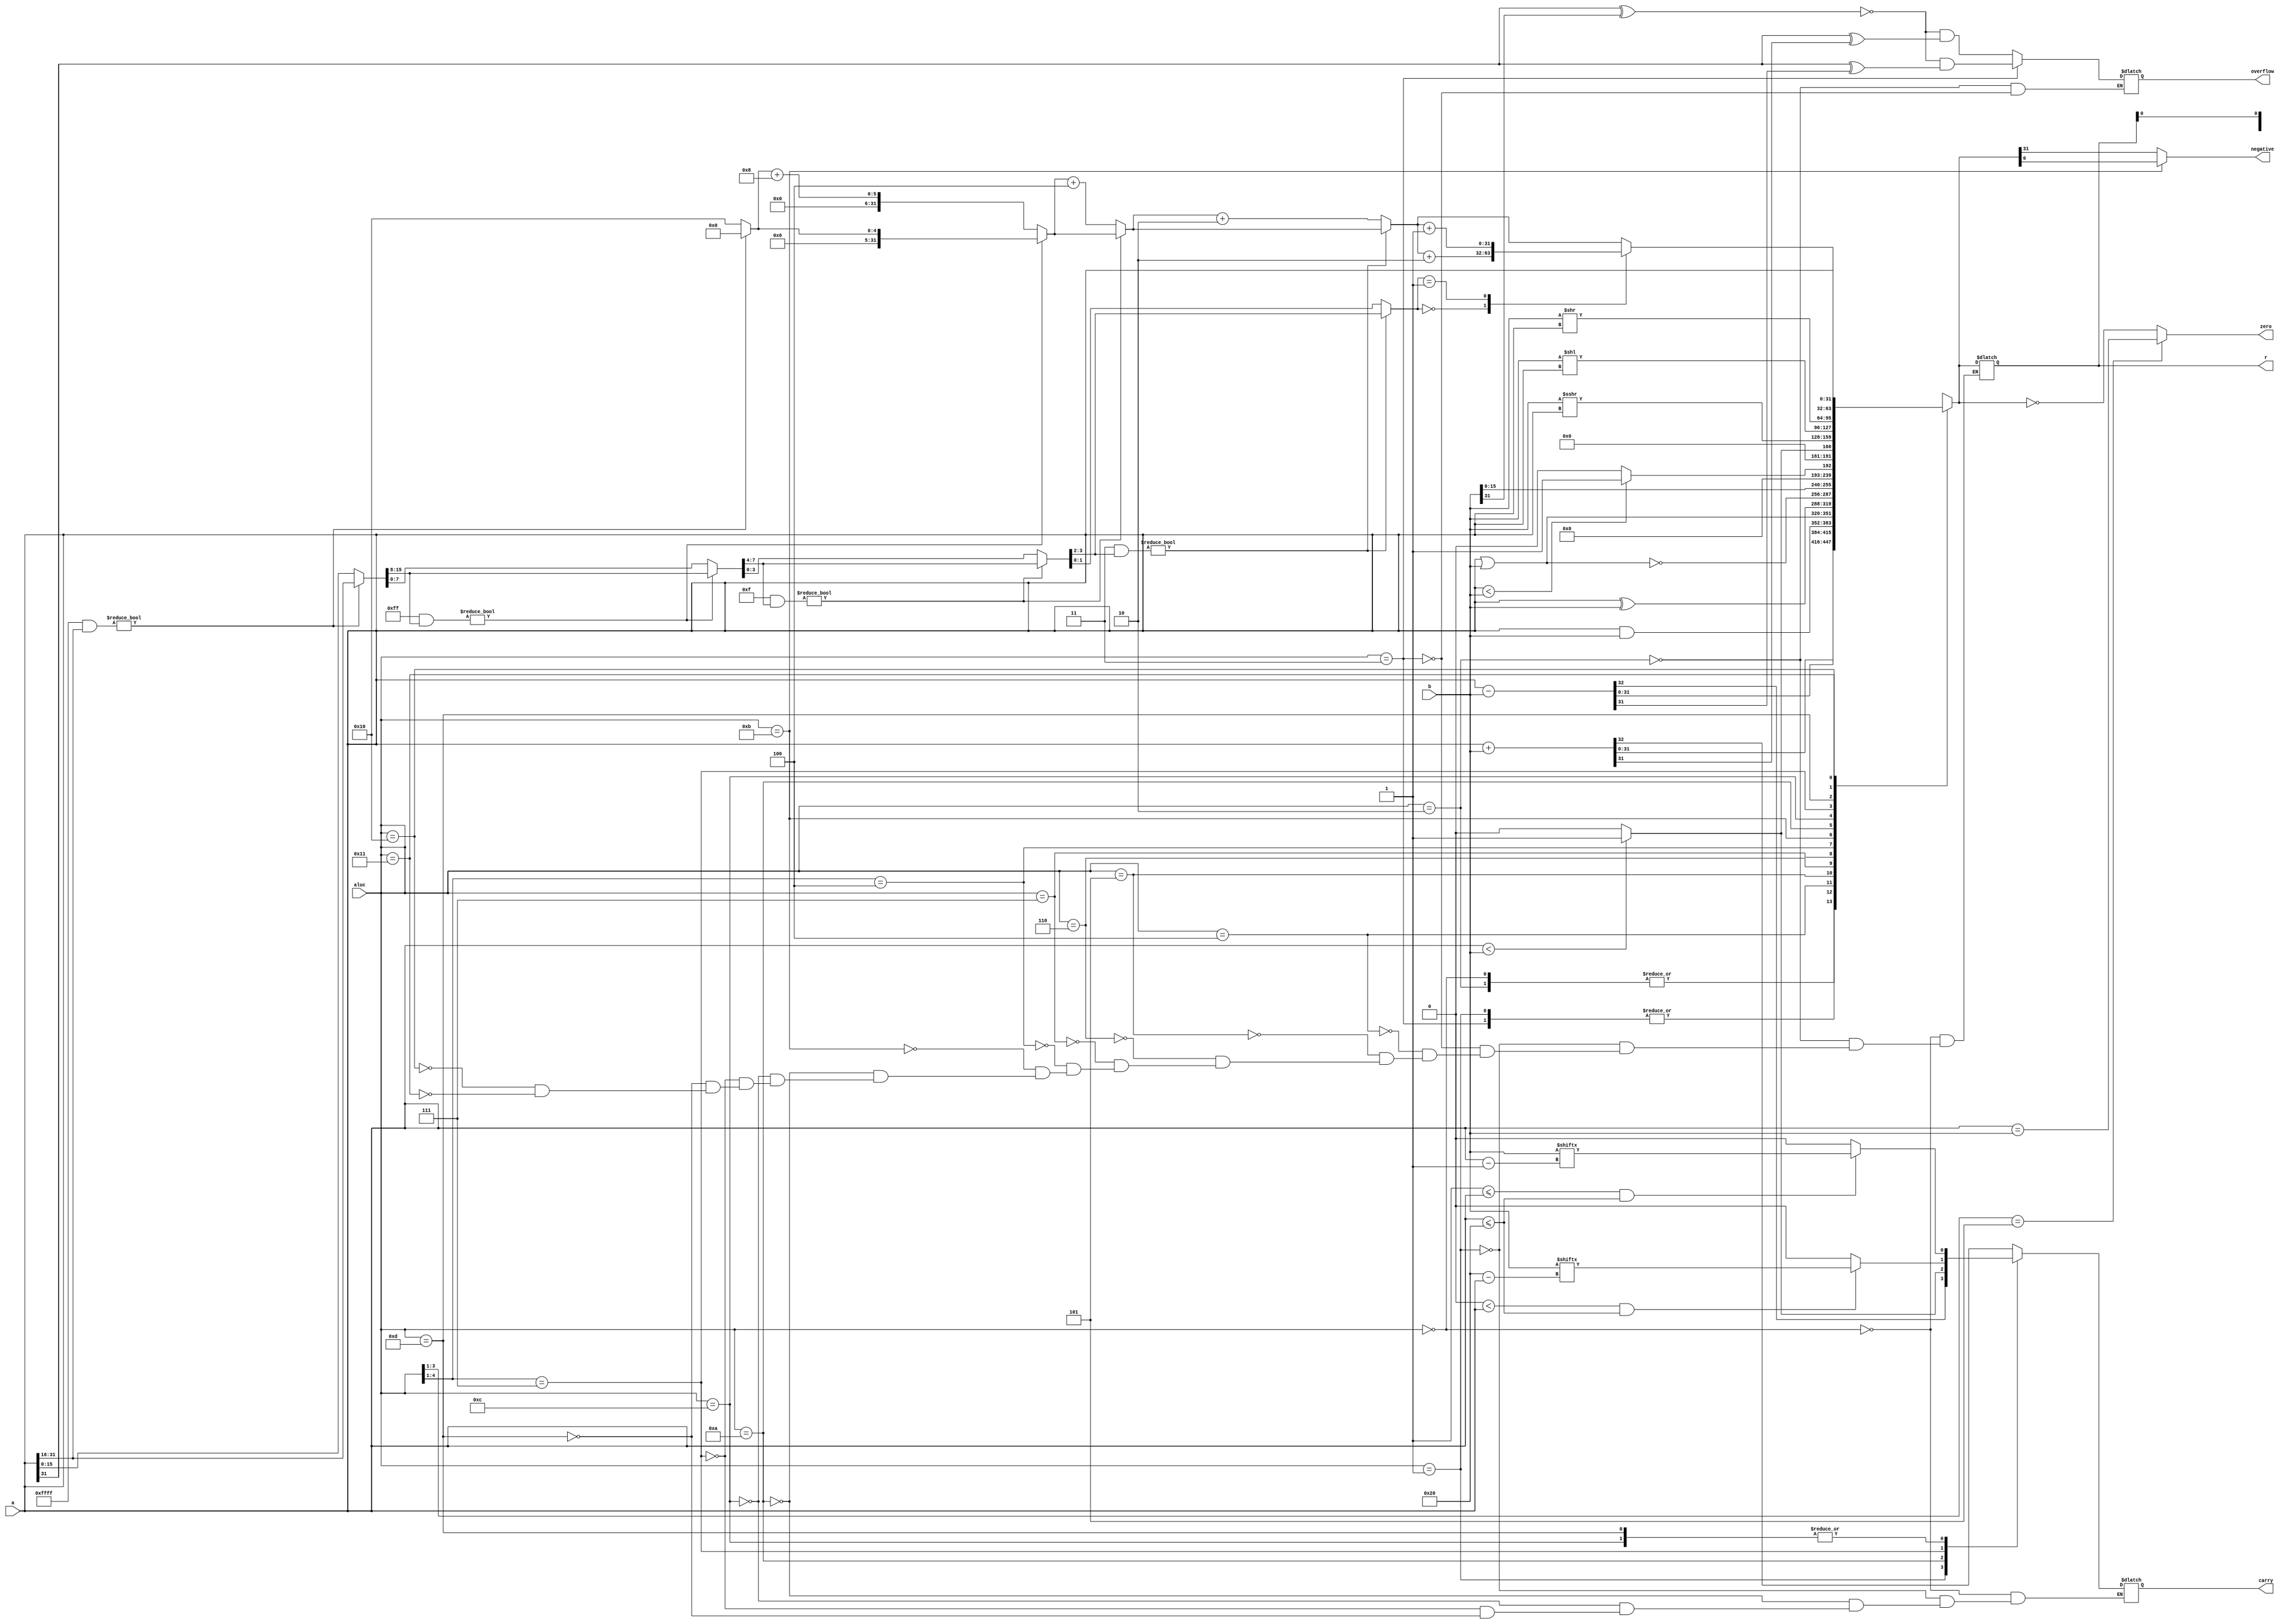
`timescale 1ns / 1ps
module alu(
input [31:0] a, //32  1
input [31:0] b, //32  2
input [4:0] aluc, //4  alu 
output [31:0] r, //32  a b  aluc 
output zero, //0 
output carry, // 
output negative, // 
output overflow // 
);
    
    reg [32:0] reg_r;
	reg [31:0] clz_tmp;
    reg reg_zero;
    reg reg_carry;
    reg reg_negative;
    reg reg_overflow;
    
    
    assign r = reg_r[31:0];
    assign zero = reg_zero;
    assign carry = reg_carry;
    assign negative = reg_negative;
    assign overflow =  reg_overflow;
    
    always @ (*)
    begin
        casez(aluc)
            5'b00000:
            begin
                reg_r = a + b;
                reg_carry = reg_r[32];
            end
            
            5'b00010:
            begin
                reg_r = a + b;
                reg_overflow = (!(a[31] ^ b[31]) & (a[31] ^ reg_r[31]));
            end
            
            5'b00001:
            begin
                reg_r = a - b;
                reg_carry = reg_r[32];
            end
            
            5'b00011:
            begin
                reg_r = a - b;
                reg_overflow = (!(a[31] ^ b[31]) & (a[31] ^ reg_r[31]));
            end
            
            5'b00100:
            begin
                reg_r = a & b;
            end
            
            5'b00101:
            begin
                reg_r = a | b;
            end
            
            5'b00110:
            begin
                reg_r = a ^ b;
            end
            
            5'b00111:
            begin
                reg_r = ~(a | b);
            end
            
            5'b0100?:
            begin
                reg_r = {b[15:0], 16'b0};
            end
		   
		    5'b01011:
            begin
 				reg_r = ($signed(a) < $signed(b)) ? 33'b1 : 33'b0;
            end
		   
		    5'b01010:
            begin
				reg_r = (a < b) ? 33'b1 : 33'b0;
				reg_carry = reg_r[0];
            end
		   
		    5'b01100:
            begin
		 	 	reg_r = $signed(b) >>> a;
				if(1 <= a && a <= 32)
				begin
					reg_carry = b[a - 1];
				end
				else
				begin
					reg_carry = 1'b0;
				end
            end
		   
		    5'b0111?:
		    begin
				reg_r = b << a;
				if(0 < a && a <= 32)
				begin
					reg_carry = b[32 - a];
				end
				else
				begin
					reg_carry = 1'b0;
				end
		    end
		   
		    5'b01101:
            begin
				reg_r = b >> a;
				if(1 <= a && a <= 32)
				begin
					reg_carry = b[a - 1];
				end
				else
				begin
					reg_carry = 1'b0;
				end
            end
		   
		    5'b10000:
		    begin
				clz_tmp = a;
				reg_r = 33'b0;
				
				if(16'hffff & clz_tmp[31:16])
					clz_tmp = clz_tmp >> 16;
				else
					reg_r = 16;
				
				if(8'hff & clz_tmp[15:8])
					clz_tmp = clz_tmp >> 8;
				else
					reg_r = reg_r + 8;
					
				if(4'hf & clz_tmp[7:4])
					clz_tmp = clz_tmp >> 4;
				else
					reg_r = reg_r + 4;
				
				if(2'b11 & clz_tmp[3:2])
					clz_tmp = clz_tmp >> 2;
				else
					reg_r = reg_r + 2;
				
				case(clz_tmp[1:0])
					2'b00:
						reg_r = reg_r + 2;
					2'b01:
						reg_r = reg_r + 1;
					default:
						reg_r = reg_r;
				endcase
		    end
		   
		    5'b10001:
		    begin
				reg_r <= a;
			end
		   
        endcase
        reg_zero = (aluc[3:1] == 3'b101) ? (a == b) : (reg_r[31:0] == 0);
        reg_negative = (aluc == 5'b01011) ? reg_r[0] : reg_r[31];
     end

endmodule